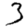
Digit: 3